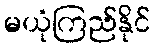
မယုံကြည်နိုင်